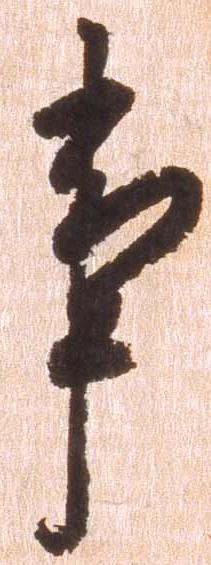
事